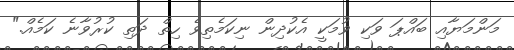
މަންމަޔާއި ބައްޕަ ވަކި ވުމަކީ އެކުދިން ނިކަމެތިވެ ހިތް ދަތި ކުރުވާނެ ކަމެއް."